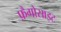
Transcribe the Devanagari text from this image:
फ़ैगोसाइट